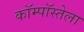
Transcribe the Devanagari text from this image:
कॉम्पॉस्तेला